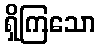
ရှိကြသော